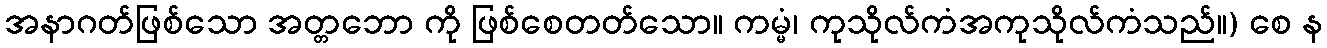
အနာဂတ်ဖြစ်သော အတ္တဘော ကို ဖြစ်စေတတ်သော။ ကမ္မံ၊ ကုသိုလ်ကံအကုသိုလ်ကံသည်။) စေ န